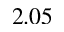
2 . 0 5